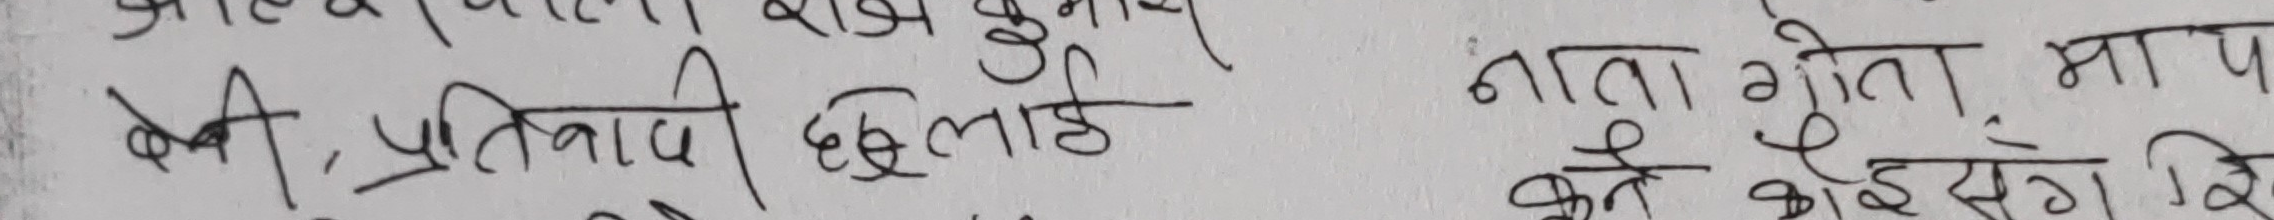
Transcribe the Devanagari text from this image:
आजकलमा राज कुमाई नाता गोता माप
केही प्रतिवादी छुट्टाई कोइ संग शि